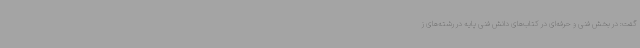
گفت: در بخش فنی و حرفه‌ای در کتاب‌های دانش فنی پایه در رشته‌های ز